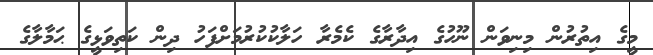
މީގެ އިތުރުން މިނިވަން ނޫހުގެ އިދާރާގެ ކެމެރާ ހަލާކުކުރުމަށްފަހު ދިން ކަތިވަޅީގެ ޙަމާލާގެ